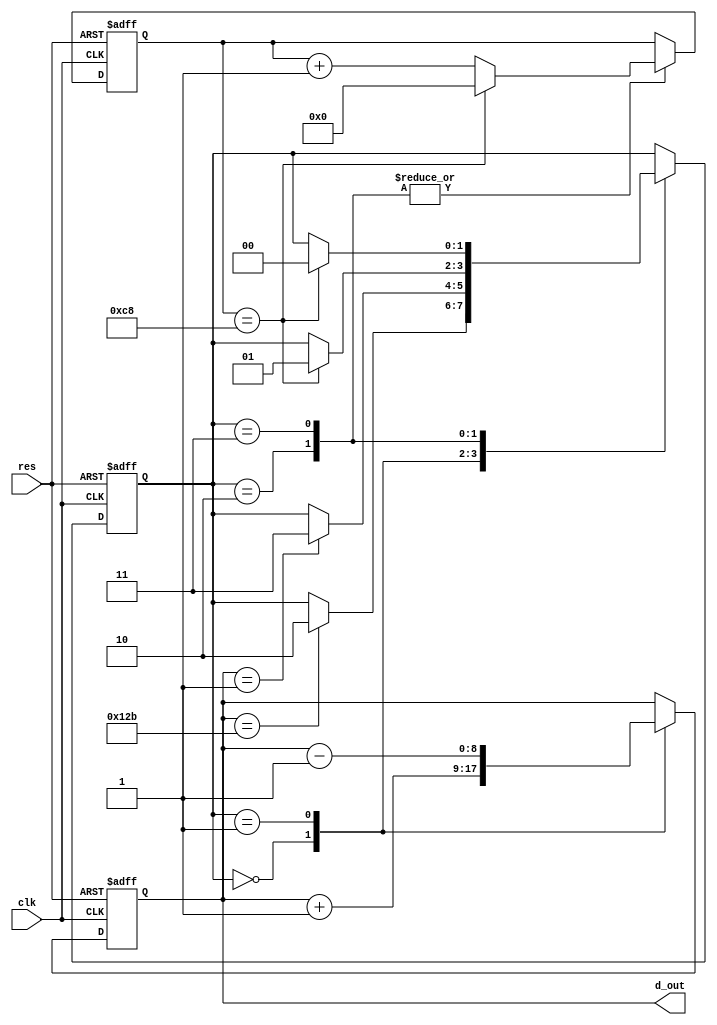
// Triangle wave generator
`timescale 1ns/10ps
module tri_gen(clk, res, d_out);
input           clk;
input           res;
output[8:0]     d_out;
reg[1:0]        state;  //
reg[8:0]        d_out;
reg[7:0]        con;    //

always @(posedge clk or negedge res) begin
    if(~res) begin
        state <= 0; d_out <= 0; con <= 0;
    end
    else begin
        case(state)
        0:                      //
        begin               
            d_out <= d_out+1;
            if (d_out==299)begin
                state <= 2;
            end
        end   
        1:                      // 
        begin 
            d_out <= d_out-1;
            if (d_out == 1)begin
                state <= 3;
            end
            end
        2:                      //
        begin
            con <= con+1;
            if (con == 200) begin
                state <= 1;
                con   <= 0;
            end 
            else begin
                con   <= con+1;
            end
        end 
        3:                      //
        begin
            con <= con+1;
            if (con == 200) begin
                state <= 0;
                con   <= 0;
            end 
            else begin
                con <= con+1;
            end
        end 
        endcase
    end   
end
endmodule

module tri_gen_tb;
reg         clk;
reg         res;
wire[8:0]   d;
tri_gen tri_gen(.clk(clk), .res(res), .d_out(d));

initial begin
    clk <= 0; res <= 0;
    #17 res <= 1;
    #40000 $stop;
end
always #5 clk <= ~clk;

initial begin
    $dumpfile("tri_gen_tb.vcd");
    $dumpvars;
end
endmodule